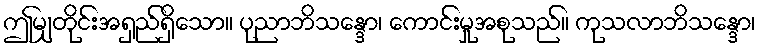
ဤမျှတိုင်းအရှည်ရှိသော။ ပုညာဘိသန္ဒော၊ ကောင်းမှုအစုသည်။ ကုသလာဘိသန္ဒော၊